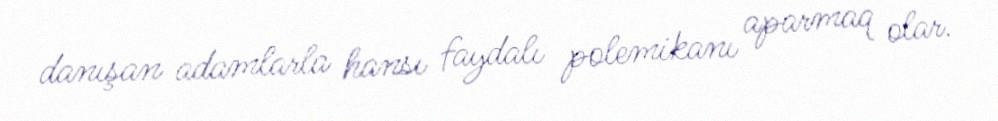
danışan adamlarla hansı faydalı polemikanı aparmaq olar.